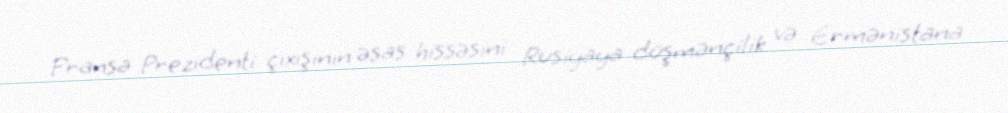
Fransa Prezidenti çıxışının əsas hissəsini Rusiyaya düşmənçilik və Ermənistana